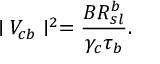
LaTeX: \mid V _ { c b } \mid ^ { 2 } = \frac { B R _ { s l } ^ { b } } { \gamma _ { c } \tau _ { b } } .